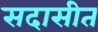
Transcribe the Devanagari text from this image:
सदासीत